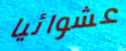
عشوائيا